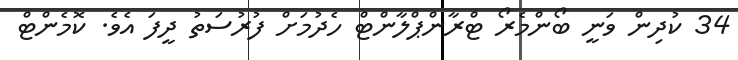
34 ކުދިން ވަނީ ބޯންމެރޯ ޓްރާންޕްލާންޓް ހެދުމަށް ފުރުސަތު ދީފަ އެވެ. ކޮމެންޓް